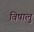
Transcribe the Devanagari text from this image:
विषालु